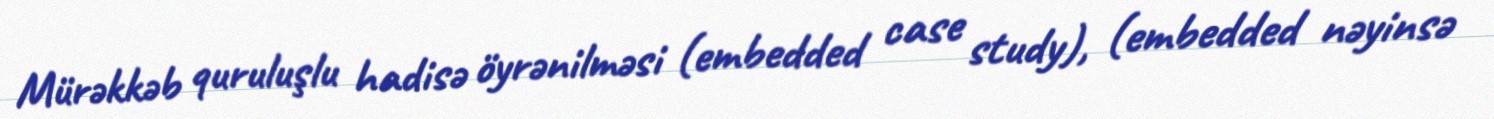
Mürəkkəb quruluşlu hadisə öyrənilməsi (embedded case study), (embedded nəyinsə